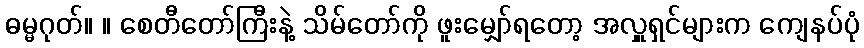
ဓမ္မဂုတ်။ ။ စေတီတော်ကြီးနဲ့ သိမ်တော်ကို ဖူးမျှော်ရတော့ အလှူရှင်များက ကျေနပ်ပုံ